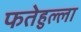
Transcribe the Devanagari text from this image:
फतेहुल्ला